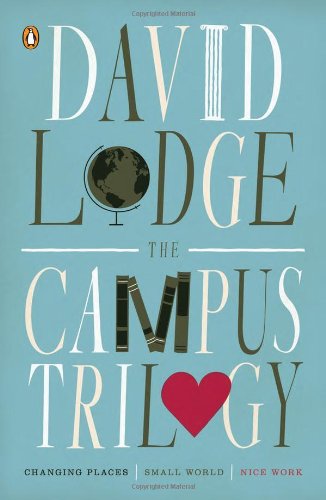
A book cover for The Campus Trilogy: Changing Places; Small World; Nice Work; David Lodge; Literature & Fiction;